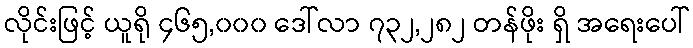
လိုင်းဖြင့် ယူရို ၄၆၅,၀၀၀ ဒေါ်လာ ၇၃၂,၂၈၂ တန်ဖိုး ရှိ အရေးပေါ်